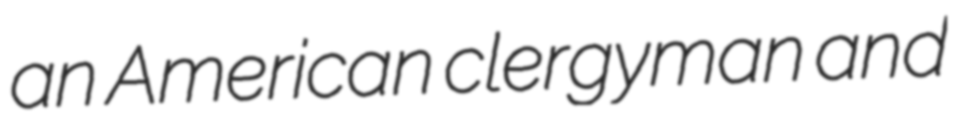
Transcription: an American clergyman and